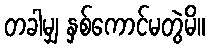
တခါမျှ နှစ်ကောင်မတွဲမိ။